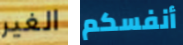
الغير أنفسكم